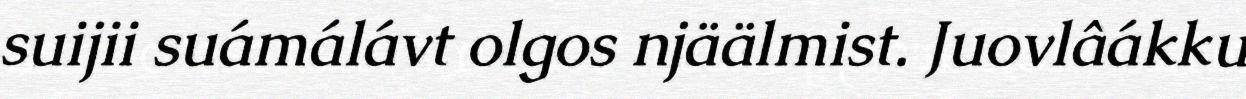
suijii suámálávt olgos njäälmist. Juovlâákku